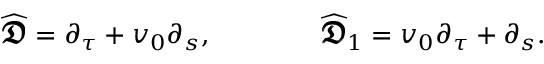
{ \widehat { \pmb { \mathfrak { D } } } } = \partial _ { \tau } + v _ { 0 } \partial _ { s } , \qquad \qquad { \widehat { \pmb { \mathfrak { D } } } } _ { 1 } = v _ { 0 } \partial _ { \tau } + \partial _ { s } .